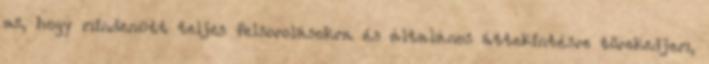
az, hogy mindenütt teljes felsorolásokra és általános áttekintésre törekedjem,